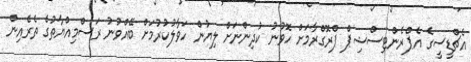
އެޗްޑީސީގެ އެޕްރެންޓިސްޝިޕް ޕްރޮގްރާމަށް ހޮވުނު ކުދިންނަށް ލިޔުން ހަވާލުކުރުމަށް ބޭއްވުނު ރަސްމިއްޔާތުގެ ތެރެއިން